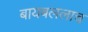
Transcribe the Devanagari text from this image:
बायबललाच